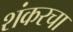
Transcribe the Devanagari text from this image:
शंकरचा